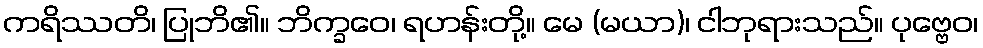
ကရိဿတိ၊ ပြုဘိ၏။ ဘိက္ခဝေ၊ ရဟန်းတို့။ မေ (မယာ)၊ ငါဘုရားသည်။ ပုဗ္ဗေဝ၊